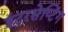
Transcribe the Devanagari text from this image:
इंटरसेप्टिंग